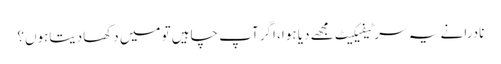
نادرا نے یہ سرٹیفیکیٹ مجھے دیا ہوا، اگر آپ چاہیں تو میں دکھادیتاہوں؟